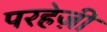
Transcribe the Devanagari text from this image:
परहेज़ी